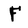
Character: F